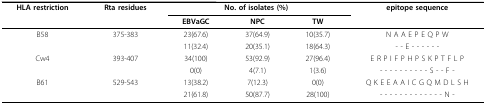
| HLA restriction | Rta residues | <COLSPAN=3> No. of isolates (%) | epitope sequence |
 |  |  | EBVaGC | NPC | TW |  |
 | --- | --- | --- | --- | --- | --- |
 | B58 | 375-383 | 23(67.6) | 37(64.9) | 10(35.7) | N A A E P E Q P W |
 |  |  | 11(32.4) | 20(35.1) | 18(64.3) | - - E - - - - - - |
 | Cw4 | 393-407 | 34(100) | 53(92.9) | 27(96.4) | E R P I F P H P S K P T F L P |
 |  |  | 0(0) | 4(7.1) | 1(3.6) | - - - - - - - - - - S - - F - |
 | B61 | 529-543 | 13(38.2) | 7(12.3) | 0(0) | Q K E E A A I C G Q M D L S H |
 |  |  | 21(61.8) | 50(87.7) | 28(100) | - - - - - - - - - - - - - N - |